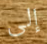
إلى